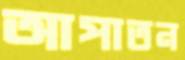
আপাতন